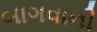
બાગવાની